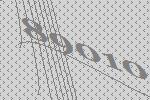
89010